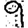
Digit: 9